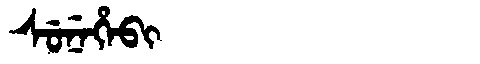
Manchu: ᠰᡠᠨᡝᡥᡝᠪᡳ
Romanization: SUNEHEBI